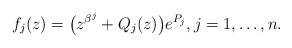
LaTeX: \begin{align*}f_j(z)=\bigl(z^{\beta^j}+Q_j(z)\bigr)e^{P_j},j=1,\ldots,n.\end{align*}